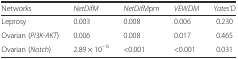
| Networks | NetDifM | NetDifMpm | VEWDM | Yates’D |
 | --- | --- | --- | --- | --- |
 | Leprosy | 0.003 | 0.008 | 0.006 | 0.230 |
 | Ovarian (PI3K-AKT) | 0.006 | 0.008 | 0.017 | 0.465 |
 | Ovarian (Notch) | 2.89 × 10– 6 | <0.001 | <0.001 | 0.031 |